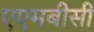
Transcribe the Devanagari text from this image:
एएमबीसी